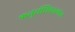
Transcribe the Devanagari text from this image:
ऋतुसंधिकालात